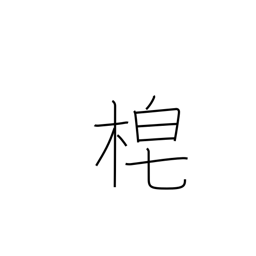
Meaning: sickle handle